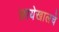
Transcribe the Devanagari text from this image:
छायेखालचे